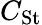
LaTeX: C_{\mathrm{St}}